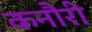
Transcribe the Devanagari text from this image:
कनौरी